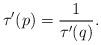
LaTeX: \begin{align*}\tau' (p)= \frac{1}{\tau' (q)}.\end{align*}